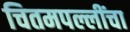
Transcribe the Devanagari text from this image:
चितमपल्लींचा